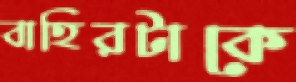
বাহিরটাকে